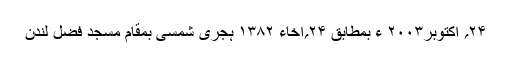
۲۴؍ اکتوبر۲۰۰۳ ء بمطابق ۲۴؍اخاء ۱۳۸۲ ہجری شمسی بمقام مسجد فضل لندن